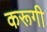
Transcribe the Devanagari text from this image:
करूगी